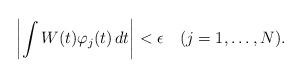
LaTeX: \begin{align*}\left| \int W(t)\varphi_j(t)\, dt \right| < \epsilon \quad(j=1,\ldots, N) .\end{align*}